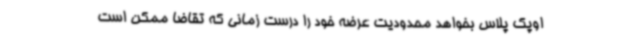
اوپک پلاس بخواهد محدودیت عرضه خود را درست زمانی که تقاضا ممکن است